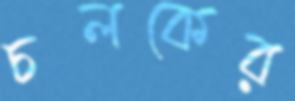
চলকের